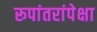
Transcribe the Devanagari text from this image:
रूपांतरांपेक्षा